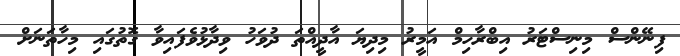
ފިނޭންސް މިނިސްޓަރު އިބްރާހިމް އަމީރު މިދިޔަ އާދީއްތަ ދުވަހު ވިދާޅުވެފައިވާ ގޮތުގައި މިހާތަނަށް